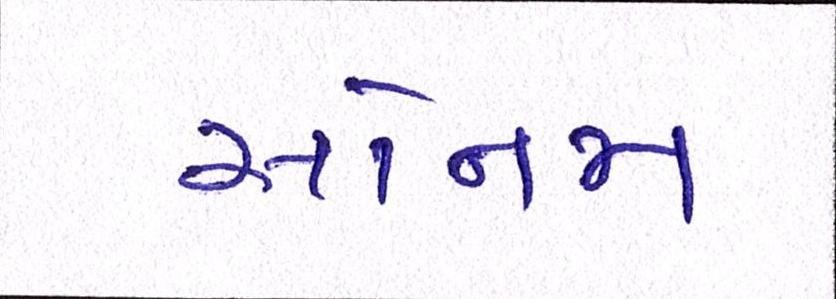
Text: સોનમ